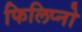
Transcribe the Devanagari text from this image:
फिलिप्नो